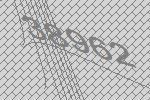
38962